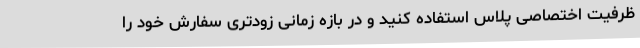
ظرفیت اختصاصی پلاس استفاده کنید و در بازه زمانی زودتری سفارش خود را